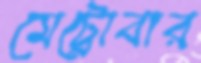
মেট্রোবার